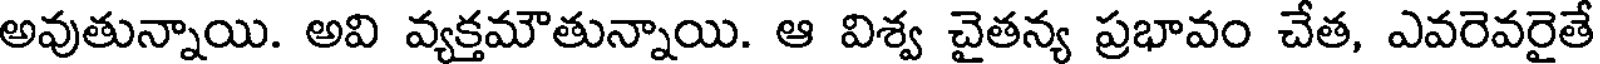
అవుతున్నాయి. అవి వ్యక్తమౌతున్నాయి. ఆ విశ్వ చైతన్య ప్రభావం చేత, ఎవరెవరైతే